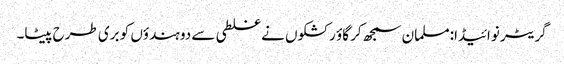
گریٹر نوائیڈا:مسلمان سمجھ کر گاؤ رکشکوں نے غلطی سے دو ہندؤں کو بری طرح پیٹا۔